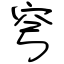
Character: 穹